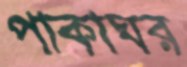
পাকাঘর